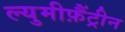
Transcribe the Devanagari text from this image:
ल्युमीफ़ैंट्रीन